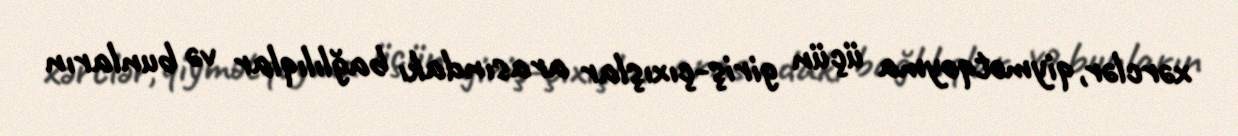
xərclər, qiymətqoyma üçün giriş-çıxışlar arasındakı bağlılıqlar və bunların